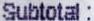
SUBTOTAL :